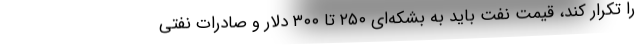
را تکرار کند، قیمت نفت باید به بشکه‌ای ۲۵۰ تا ۳۰۰ دلار و صادرات نفتی